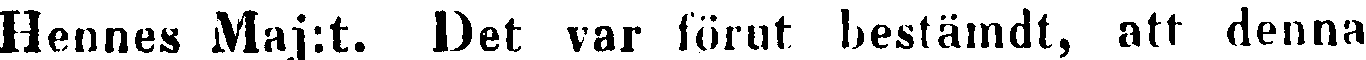
Hennes Maj:t. Det var förut bestämd, att denna